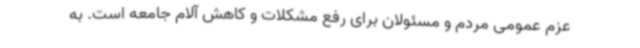
عزم عمومی مردم و مسئولان برای رفع مشکلات و کاهش آلام جامعه است. به